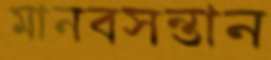
মানবসন্তান